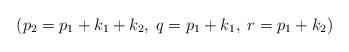
LaTeX: \begin{align*}\left(p_2=p_1+k_1+k_2,\;q=p_1+k_1,\;r=p_1+k_2 \right)\end{align*}